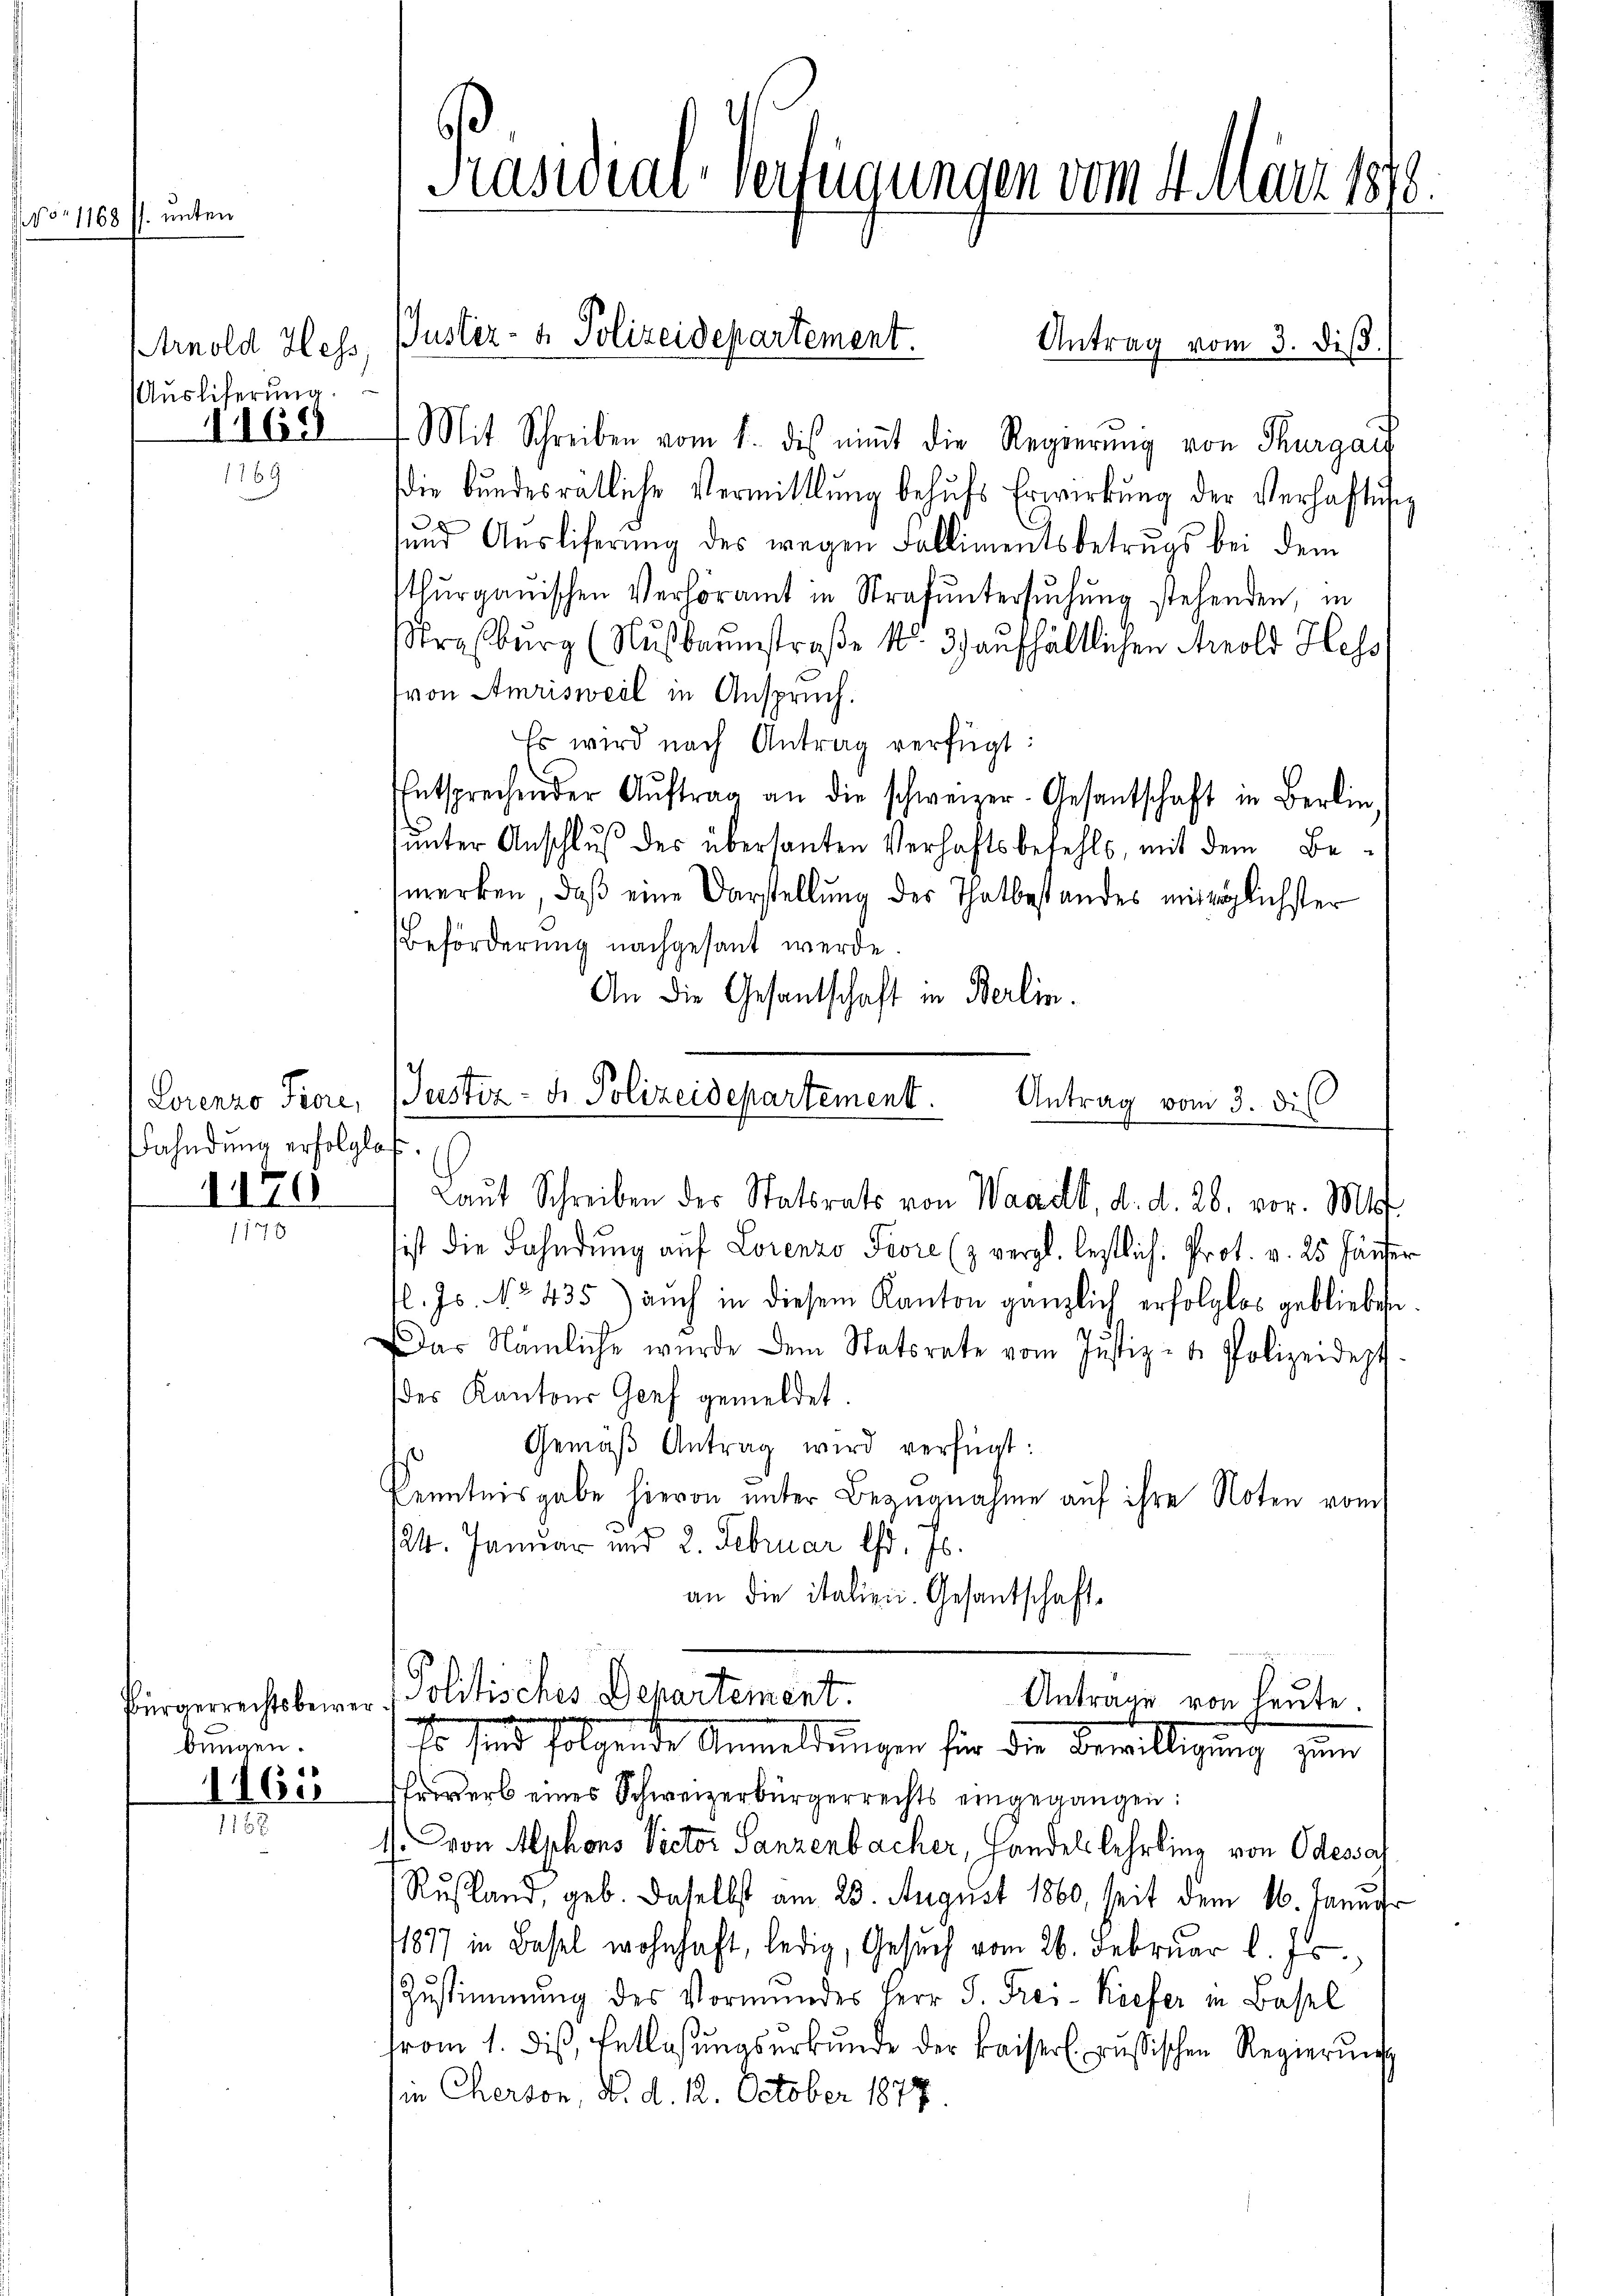
vor 1168 ff. unten

Arnold Hess
Auslieferung.
11169

Fahndung erfolglos
170

bungen.

1165
11

Antrag vom 3. diβ.
Mit Schreiben vom 1. dis nimmt die Regierung von Thurgaus
die Bŭndesrätliche Vermittlung behŭfs Erwirkung der Verhaftung
sund Ausliferŭng des wegen Fallimentsbetrugs bei dem
Thŭrgaŭischen Verhöramt in Strafŭntersŭchŭng stehenden, in
straßburg (Nußbaumstraße Nr. 3) aufhältlichen Arnold Hess
(von Amrisweil in Anspruch.
Es wird nach Antrag verfügt:
ntsprechender Aŭftrag an die schweizer-Gesantschaft in Berlin,
ŭnter Anschlŭβ der übersanten Verhaftsbefehls, mit dem Bemerken, daß eine Vorstellung der Thatbestandes mittäglichster
Beförderung nachgesant werde.
An die Gesantschaft in Berlin.
Lorenzo Fiore, Justiz- & Polizeidepartement.
Antrag vom 3. die

Präsidial-Verfügungen vom 4. März 1878.

Justiz- & Polizeidepartement.

sist die Fahndung auf Lorenzo Piore (z vergl. lestlich. Prot. v. 25 Häuser
fl. Js. No 435) auch in diesem Kanton gänzlich erfolglos geblieben.
as Nämliche wurde dem Statsrate vom Justiz- & Polizeidept.
des Kantons Genf gemeldet.
Gemäβ Antrag wird verfügt:
kenntnisgabe hievon unter Bezugnahme auf ihre Noten vom
124. Januar und 2. Februar ist. Es
an die italien. Gesantschaft

Laŭt Schreiben der Statsrats von Waadt, d. d. 26. vor. Mt

Bürgerrechtsberer - Politisches Departement.
Antrage von heute
Es sind folgende Anmeldungen für die Bewilligung zum

hrwerb eines Schweizerbürgerrechts eingegangen:
1. von Alphons Victor Sanzenbacher, Handelslehrling von Odessar
Rusland, geb. Daselbst am 23. August 1860, seit dem 16. Januar
1877 in Basel wohnhaft, ledig, Gesŭch vom 26. Februar l. Js.,
Zustimmung des Vormundes Herr J. Frei-Kiefer in Basel
vom 1. diβ, Entlassŭngsŭrkŭnde der kaiserl. russischen Regierŭng
in Cherson, d. d. 12. October 1877